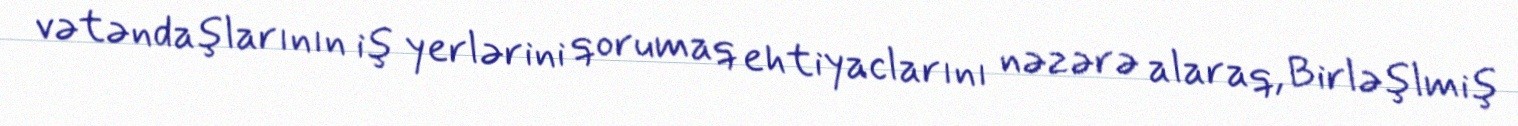
vətəndaşlarının iş yerlərini qorumaq ehtiyaclarını nəzərə alaraq, Birləşlmiş